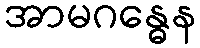
အာမဂန္ဓေန